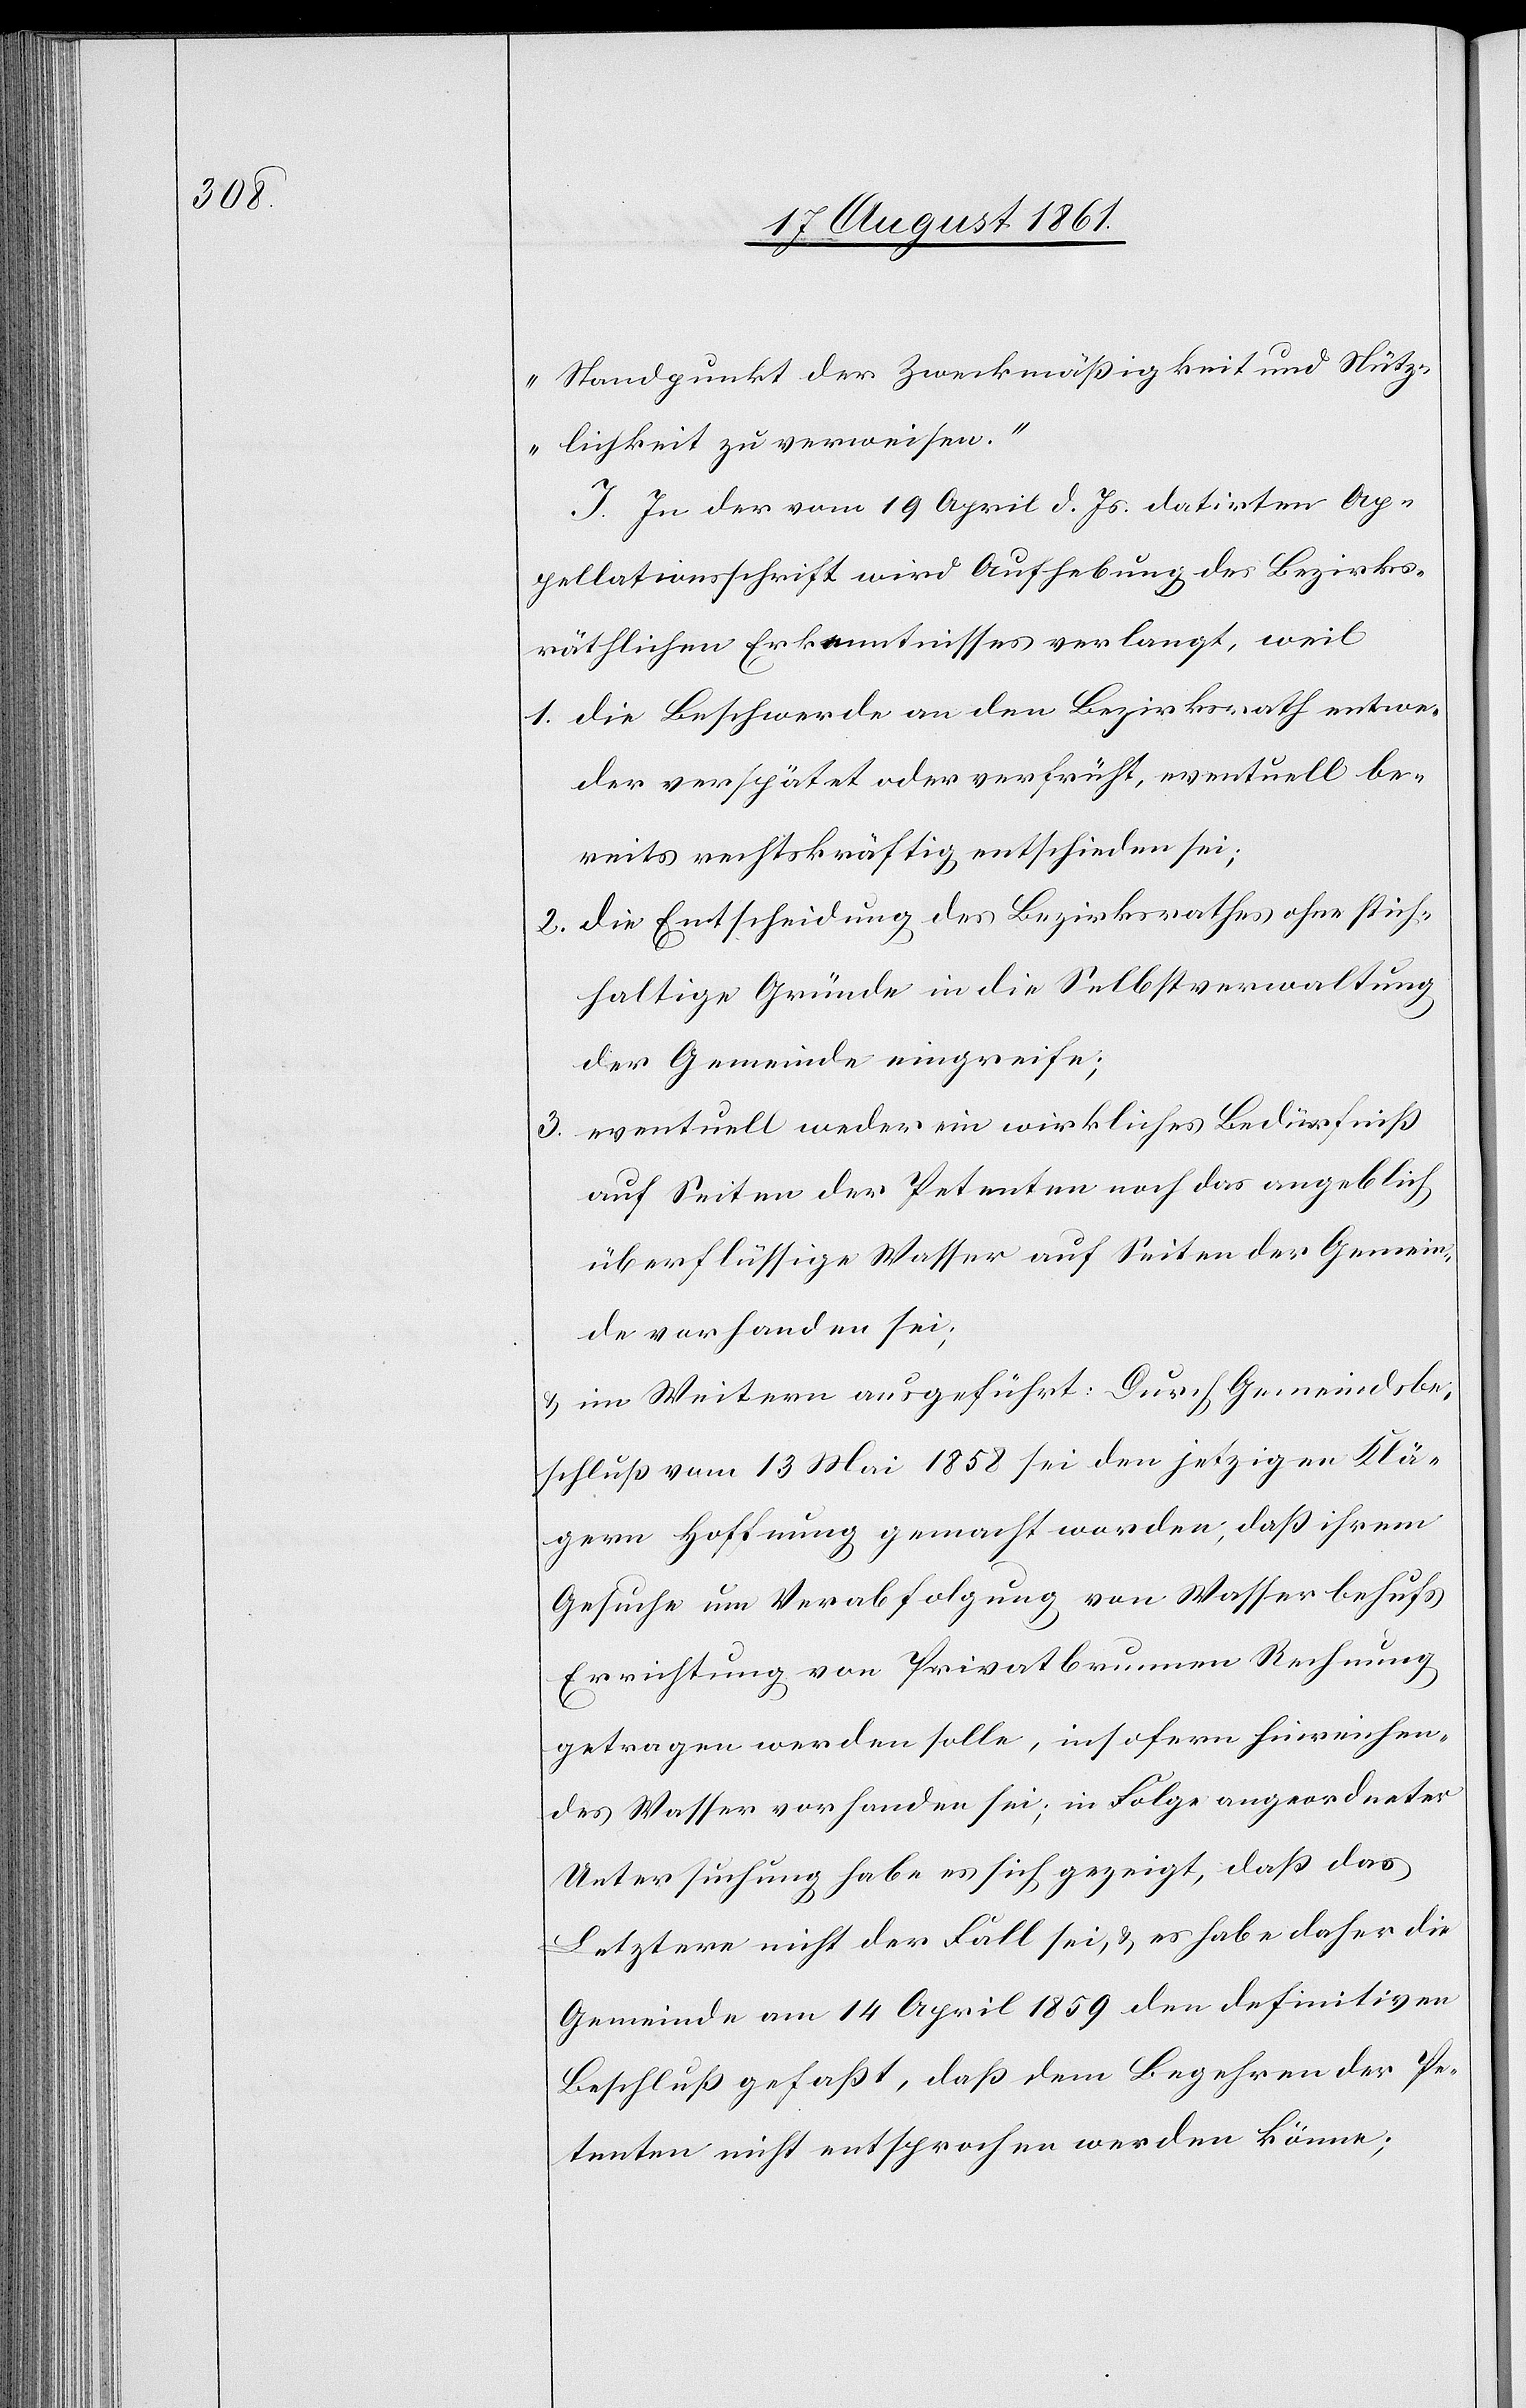
Standpunkt der Zweckmäßigkeit und Nütz¬
lichkeit zu verweisen.“
J. In der vom 19 April d. Js. datirten Ap¬
pellationsschrift wird Aufhebung des Bezirks¬
räthlichen Erkenntnisses verlangt, weil
1. die Beschwerde an den Bezirksrath entwe¬
der verspätet oder verfrüht, eventuell be¬
reits rechtskräftig entschieden sei;
2. die Entscheidung des Bezirksrathes ohne stich¬
haltige Gründe in die Selbstverwaltung
der Gemeinde eingreife;
3. eventuell weder ein wirkliches Bedürfniß
auf Seite der Petenten noch das angeblich
überflüssige Wasser auf Seiten der Gemein¬
de vorhanden sei;
u. im Weitern ausgeführt: Durch Gemeindebe¬
schluß vom 13 Mai 1858 sei den jetzigen Klä¬
gern Hoffnung gemacht worden, daß ihrem
Gesuch um Verabfolgung von Wasser behufs
Errichtung von Privatbrunnen Rechnung
getragen werden solle, insofern hinreichen¬
des Wasser vorhanden sei; in Folge angeordneter
Untersuchung habe es sich gezeigt, daß das
Letztere nicht der Fall sei, u. es habe daher die
Gemeinde am 14 April 1859 den definitiven
Beschluß gefaßt, daß dem Begehren der Pe¬
tenten nicht entsprochen werden könne;